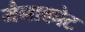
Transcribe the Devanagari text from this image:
मैनाकोट